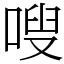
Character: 嗖